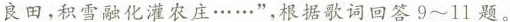
良田，积雪融化灌农庄……”，根据歌词回答9~11题。